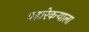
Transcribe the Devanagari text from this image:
पहारेकर्‍याला